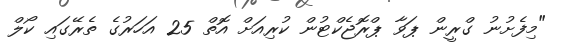
"މިފެށުނު ގްރީން ޕަވާ ޕްރޮޖެކްޓުން ކުރިއަށް އޮތް 25 އަހަރުގެ ތެރޭގައި ކޯލް